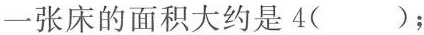
一张床的面积大约是4( )；